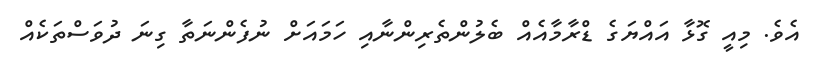
އެވެ. މިއީ ގޮޅާ އައްޔަގެ ޑްރާމާއެއް ބެލުންތެރިންނާއި ހަމައަށް ނުފެންނަތާ ގިނަ ދުވަސްތަކެއް